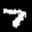
Label: 7